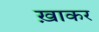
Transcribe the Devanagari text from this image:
ख़ाकर